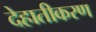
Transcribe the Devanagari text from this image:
देहातीकरण